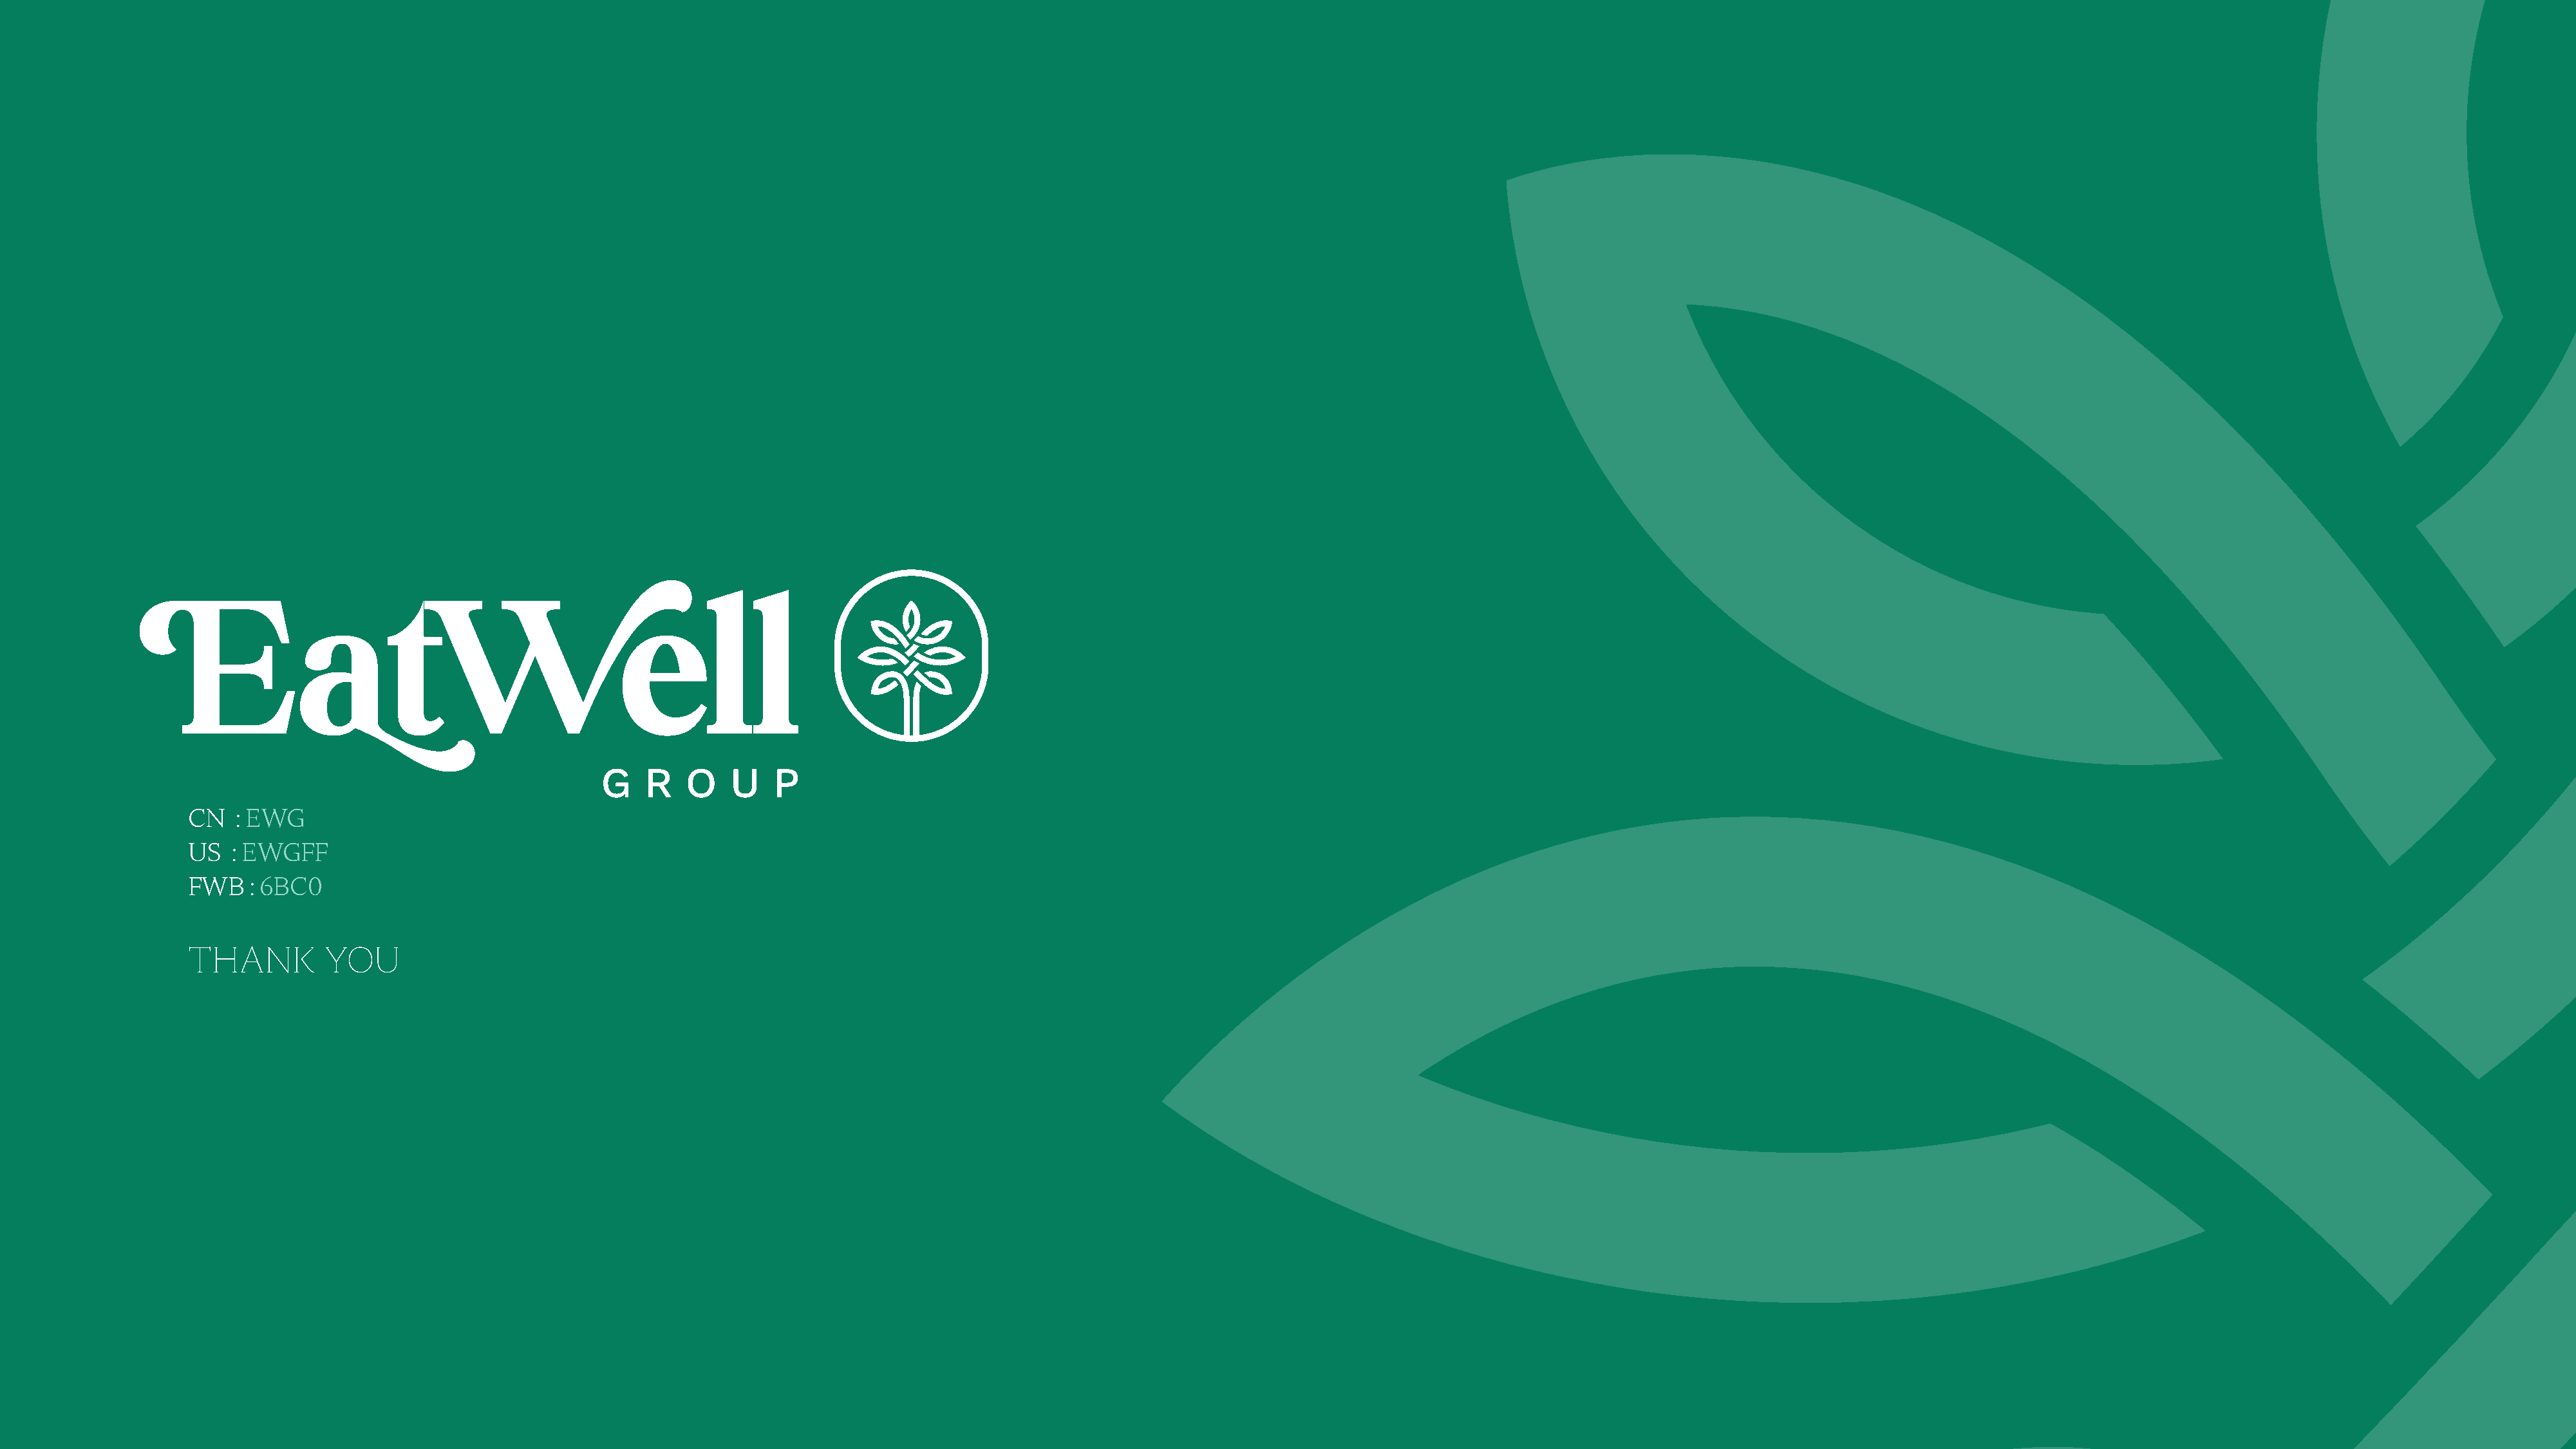
CN   : EWG
 US   : EWGFF
 FWB    : 6BC0
 THANK         YOU